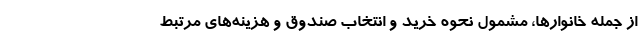
از جمله خانوارها، مشمول نحوه خرید و انتخاب صندوق و هزینه‌های مرتبط